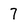
Character: 7